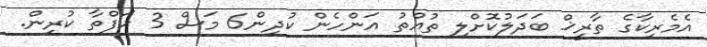
އެމެރިކާގެ ތާރީޚް ބަދަލުކޮށްލި ތުއްތު އަންހެން ކުދިން6 މަސް 3 ހަފްތާ ކުރިން.